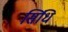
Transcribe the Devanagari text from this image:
सिंधि